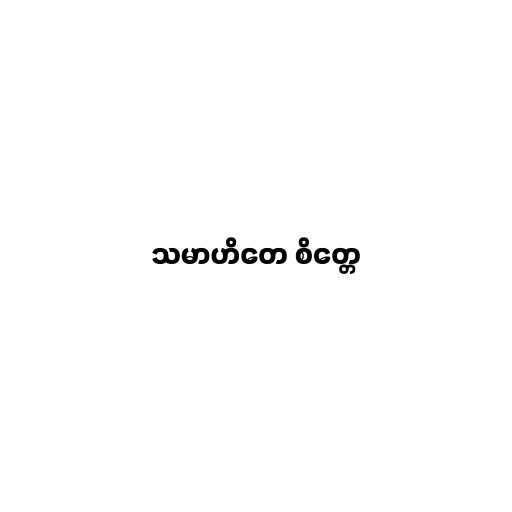
သမာဟိတေ စိတ္တေ